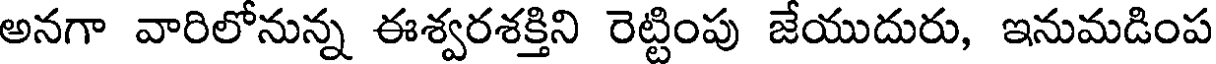
అనగా వారిలోనున్న ఈశ్వరశక్తిని రెట్టింపు జేయుదురు, ఇనుమడింప